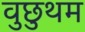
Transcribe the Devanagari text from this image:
वुछुथम